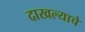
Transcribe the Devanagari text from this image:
दाखल्याचे